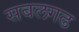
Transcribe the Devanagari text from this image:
सबलगढ